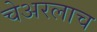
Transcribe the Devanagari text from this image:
चेअरलाच